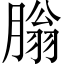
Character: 䐥